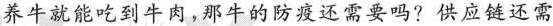
养牛就能吃到牛肉，那牛的防疫还需要吗?供应链还需